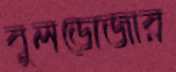
বুলডোজার